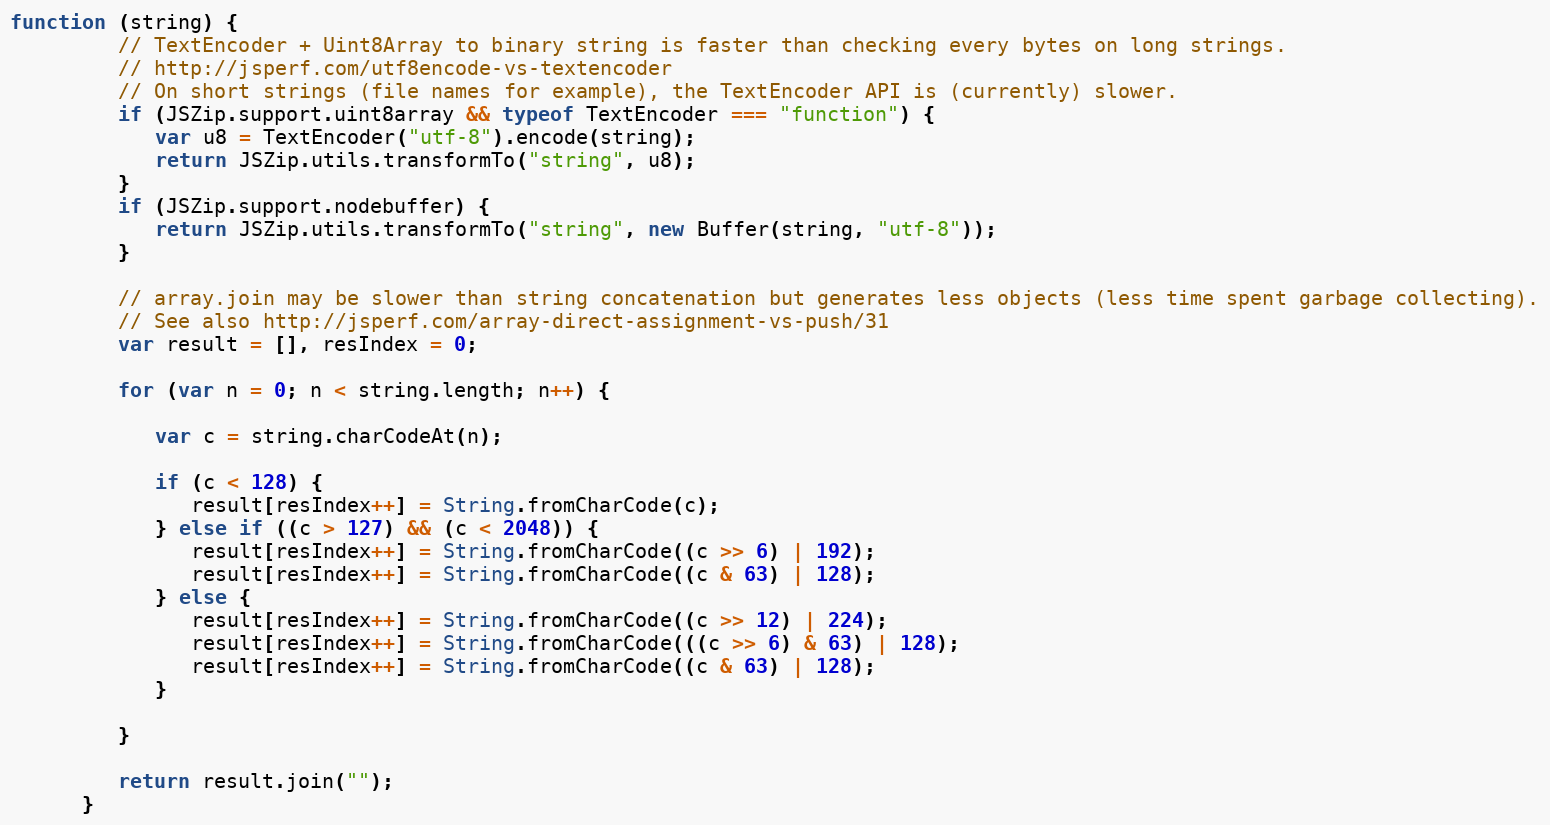
Language: JavaScript
function (string) {
         // TextEncoder + Uint8Array to binary string is faster than checking every bytes on long strings.
         // http://jsperf.com/utf8encode-vs-textencoder
         // On short strings (file names for example), the TextEncoder API is (currently) slower.
         if (JSZip.support.uint8array && typeof TextEncoder === "function") {
            var u8 = TextEncoder("utf-8").encode(string);
            return JSZip.utils.transformTo("string", u8);
         }
         if (JSZip.support.nodebuffer) {
            return JSZip.utils.transformTo("string", new Buffer(string, "utf-8"));
         }

         // array.join may be slower than string concatenation but generates less objects (less time spent garbage collecting).
         // See also http://jsperf.com/array-direct-assignment-vs-push/31
         var result = [], resIndex = 0;

         for (var n = 0; n < string.length; n++) {

            var c = string.charCodeAt(n);

            if (c < 128) {
               result[resIndex++] = String.fromCharCode(c);
            } else if ((c > 127) && (c < 2048)) {
               result[resIndex++] = String.fromCharCode((c >> 6) | 192);
               result[resIndex++] = String.fromCharCode((c & 63) | 128);
            } else {
               result[resIndex++] = String.fromCharCode((c >> 12) | 224);
               result[resIndex++] = String.fromCharCode(((c >> 6) & 63) | 128);
               result[resIndex++] = String.fromCharCode((c & 63) | 128);
            }

         }

         return result.join("");
      }